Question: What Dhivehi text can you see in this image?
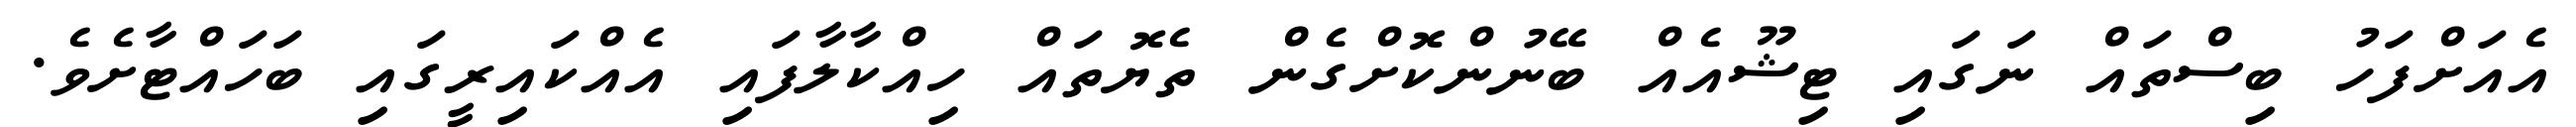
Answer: އެއަށްފަހު ބިސްތައް ނަގައި ޓިޝޫއެއް ބޭނުންކޮށްގެން ތެޔޮތައް ހިއްކާލާފައި އެއްކައިރީގައި ބަހައްޓާށެވެ.